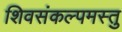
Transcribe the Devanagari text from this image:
शिवसंकल्पमस्तु